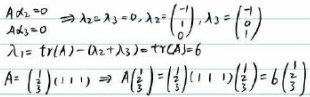
\begin{align*}
A\lambda_2 = 0 &\Rightarrow A\lambda_2=\lambda_3 = 0,\lambda_2=\begin{pmatrix}-1\\1\\0\end{pmatrix},\lambda_3=\begin{pmatrix}-1\\0\\1\end{pmatrix}\\
\lambda_1 = 3 &\\
\mathrm{tr}(A)=\lambda_1+\lambda_2+\lambda_3 &\Rightarrow \mathrm{tr}(A)=6\\
A=\begin{pmatrix}1\\1\\1\end{pmatrix}(1\ 1\ 1) &\Rightarrow A\begin{pmatrix}1\\1\\1\end{pmatrix}=\begin{pmatrix}1\\1\\1\end{pmatrix}(1\ 1\ 1)\begin{pmatrix}1\\1\\1\end{pmatrix}=6\begin{pmatrix}1\\1\\1\end{pmatrix}
\end{align*}